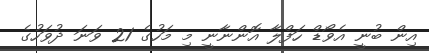
އިން ބުނީ އެވޯޑް ހަފްލާ އޮންނާނީ މި މަހުގެ 21 ވަނަ ދުވަހުގެ